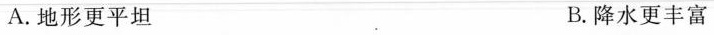
A.地形更平坦 B.降水更丰富